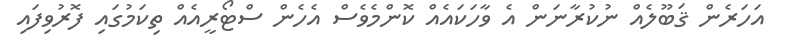
އަހަރެން ޤަބޫލެއް ނުކުރާނަން އެ ވާހަކައެއް ކޮންމެވެސް އެހެން ސްޓޯރީއެއް ތިކަމުގައި ފޮރުވިފައި